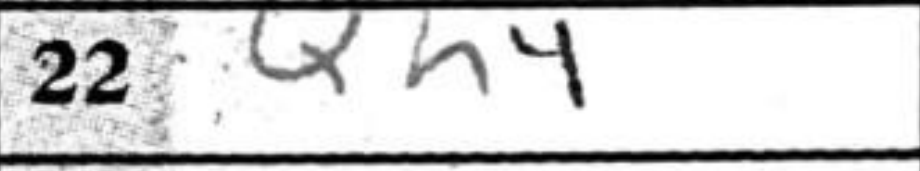
Transcription: Qh4